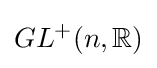
GL^{+}(n,\mathbb {R} )